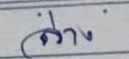
ล่าง